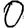
Digit: 0